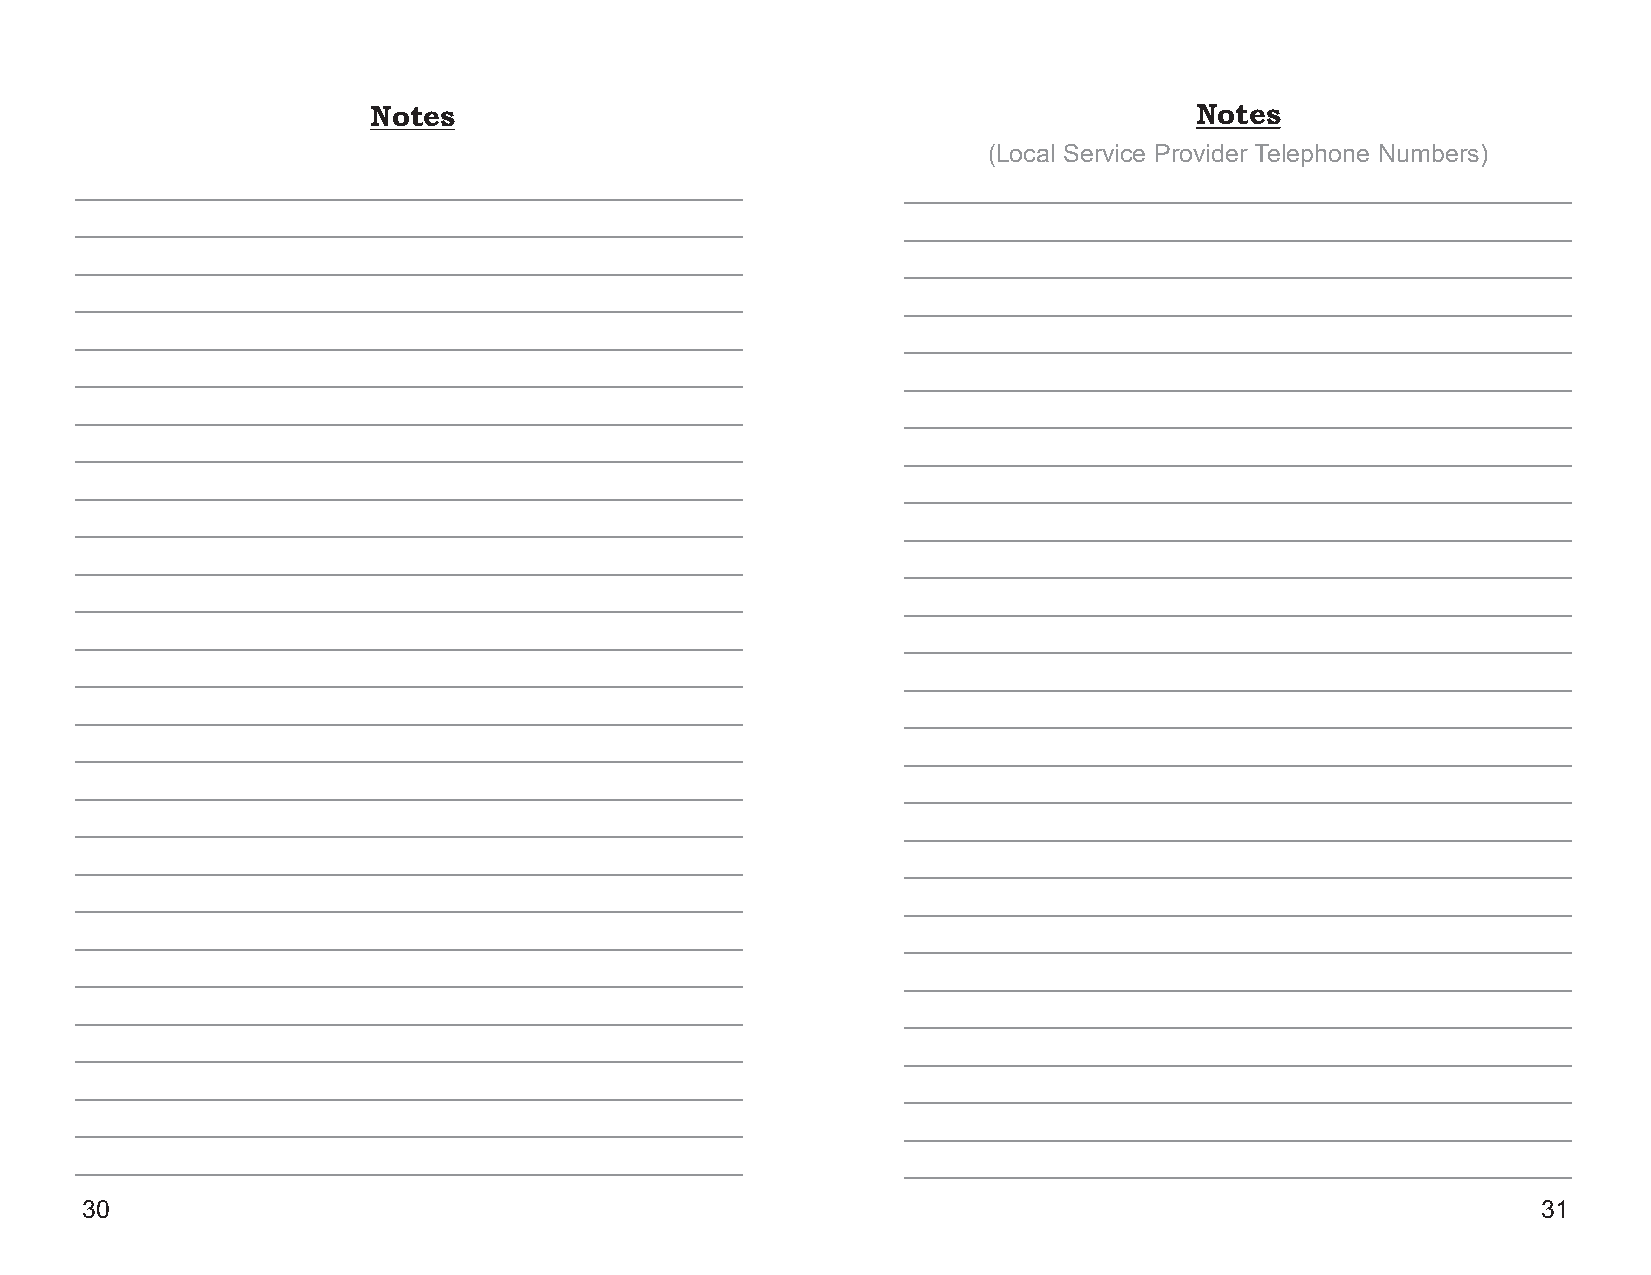
Notes                                                  Notes
 (Local Service Provider Telephone Numbers)
 ________________________________________________       ________________________________________________
 ________________________________________________       ________________________________________________
 ________________________________________________       ________________________________________________
 ________________________________________________       ________________________________________________
 ________________________________________________       ________________________________________________
 ________________________________________________       ________________________________________________
 ________________________________________________       ________________________________________________
 ________________________________________________       ________________________________________________
 ________________________________________________       ________________________________________________
 ________________________________________________       ________________________________________________
 ________________________________________________       ________________________________________________
 ________________________________________________       ________________________________________________
 ________________________________________________       ________________________________________________
 ________________________________________________       ________________________________________________
 ________________________________________________       ________________________________________________
 ________________________________________________       ________________________________________________
 ________________________________________________       ________________________________________________
 ________________________________________________       ________________________________________________
 ________________________________________________       ________________________________________________
 ________________________________________________       ________________________________________________
 ________________________________________________       ________________________________________________
 ________________________________________________       ________________________________________________
 ________________________________________________       ________________________________________________
 ________________________________________________       ________________________________________________
 ________________________________________________       ________________________________________________
 ________________________________________________       ________________________________________________
 ________________________________________________       ________________________________________________
 30                                                                                               31